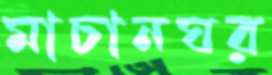
মাচানঘর